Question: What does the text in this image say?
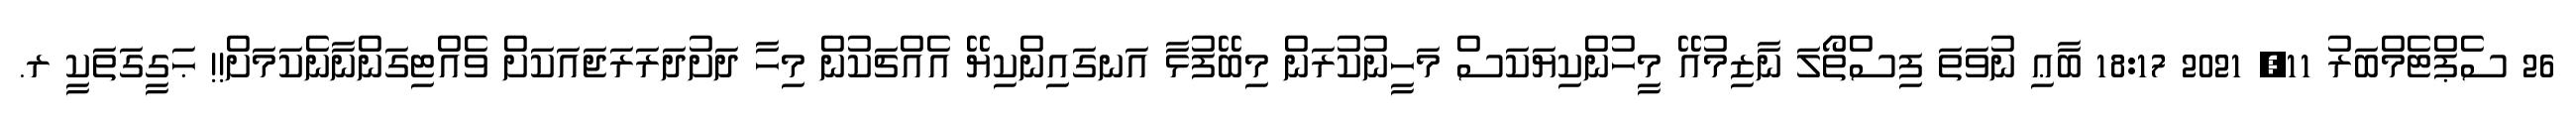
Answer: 26 ސެޕްޓެމްބަރު 11, 2021 18:17 ބާޢި ނުވަތަ ފިސްތޯލަ ނާޒިމުއޭ މީހުންކިޔަކަސް މަހީނުކުރަން މިބޭފުޅާ އަނގައިންކިޔޭ އެއްޗަކުން މިހާ ދަށުދަރަރަޖައަކަށް ވެއްޓިގަންނާނެކަމަށް!! ޙަގީގަތަކީ ރ.